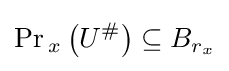
\Pr {}_{x}\left(U^{\#}\right)\subseteq B_{r_{x}}